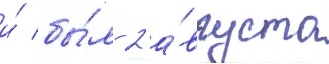
и́ бы́л 2 а́вгуста